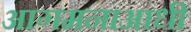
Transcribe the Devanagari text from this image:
आगमनाआधी